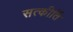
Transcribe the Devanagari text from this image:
सत्कीर्ति